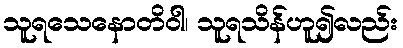
သူရသေနောတိဝါ၊ သူရသိန်ဟူ၍လည်း